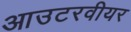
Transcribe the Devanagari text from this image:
आउटरवीयर